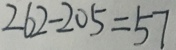
2 6 2 - 2 0 5 = 5 7